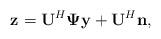
LaTeX: \begin{align*}\mathbf{z}_{}=\mathbf{U}^{H}\boldsymbol{\Psi}\mathbf{y}+\mathbf{U}^{H}\mathbf{n},\end{align*}